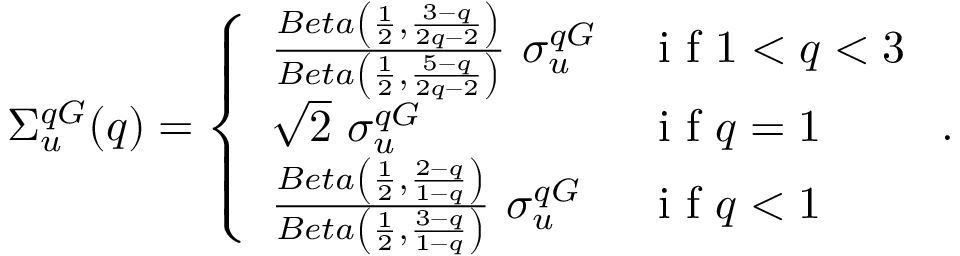
\Sigma _ { u } ^ { q G } ( q ) = \left\{ \begin{array} { l l } { \frac { B e t a \left( \frac { 1 } { 2 } , \frac { 3 - q } { 2 q - 2 } \right) } { B e t a \left( \frac { 1 } { 2 } , \frac { 5 - q } { 2 q - 2 } \right) } \ \sigma _ { u } ^ { q G } } & { \mathrm { ~ i ~ f ~ } 1 < q < 3 } \\ { \sqrt { 2 } \ \sigma _ { u } ^ { q G } } & { \mathrm { ~ i ~ f ~ } q = 1 } \\ { \frac { B e t a \left( \frac { 1 } { 2 } , \frac { 2 - q } { 1 - q } \right) } { B e t a \left( \frac { 1 } { 2 } , \frac { 3 - q } { 1 - q } \right) } \ \sigma _ { u } ^ { q G } } & { \mathrm { ~ i ~ f ~ } q < 1 } \end{array} \right. .